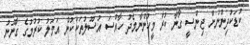
ކުޑަކުދިންނަށް ޖިންސީ ގޯނާ ކުރާ މީހުންނާމެދު ހާއްސަ އުސޫލުތަކަކުން އަމަލު ކުރުމުގެ ގާނޫނު